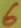
Text: 6